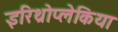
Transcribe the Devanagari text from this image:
इरिथ्रोप्लेकिया